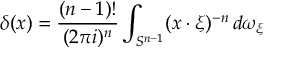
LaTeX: \delta ( x ) = { \frac { ( n - 1 ) ! } { ( 2 \pi i ) ^ { n } } } \int _ { S ^ { n - 1 } } ( x \cdot \xi ) ^ { - n } \, d \omega _ { \xi }